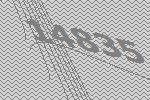
14835